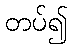
တပ်၍